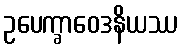
ဥပေက္ခာဝေဒနိယဿ